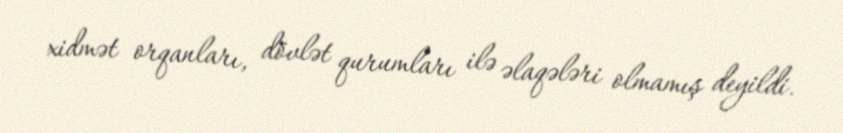
xidmət orqanları, dövlət qurumları ilə əlaqələri olmamış deyildi.